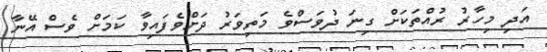
އަދި މިހާރު ރުއްތަކަށް ގިނަ ދުވަސްވެ މަތިވަރު ދަށްވެފައިވާ ކަމަށް ވެސް އޭނާ